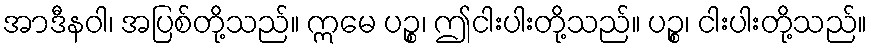
အာဒီနဝါ၊ အပြစ်တို့သည်။ ဣမေ ပဉ္စ၊ ဤငါးပါးတို့သည်။ ပဉ္စ၊ ငါးပါးတို့သည်။